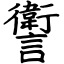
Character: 讆